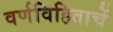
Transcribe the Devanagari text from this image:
वर्णविहिताचें